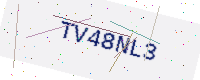
Text: TV48NL3